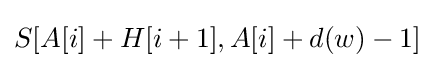
S[A[i]+H[i+1],A[i]+d(w)-1]